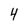
Character: 4